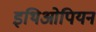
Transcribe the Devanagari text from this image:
इथिओपियन